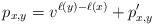
LaTeX: \begin{align*} p_{x,y} = v^{\ell(y)-\ell(x)}+ p_{x,y}' \end{align*}